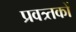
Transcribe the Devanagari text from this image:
प्रवत्र्तकों